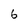
Character: 6